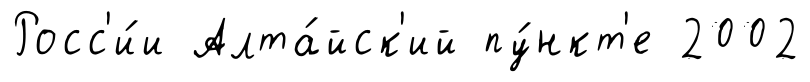
Росс'и́и Алта́йск'ий пу́нкт'е 2002